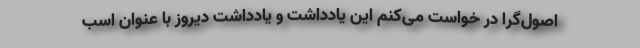
اصول‌گرا در خواست می‌کنم این یادداشت و یادداشت دیروز با عنوان اسب